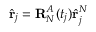
\hat { \mathbf { r } } _ { j } = \mathbf { R } _ { N } ^ { A } ( t _ { j } ) \hat { \mathbf { r } } _ { j } ^ { N }